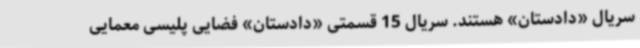
سریال «دادستان» هستند. سریال 15 قسمتی «دادستان» فضایی پلیسی معمایی